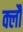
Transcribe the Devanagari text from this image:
क्लौ